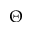
\Theta